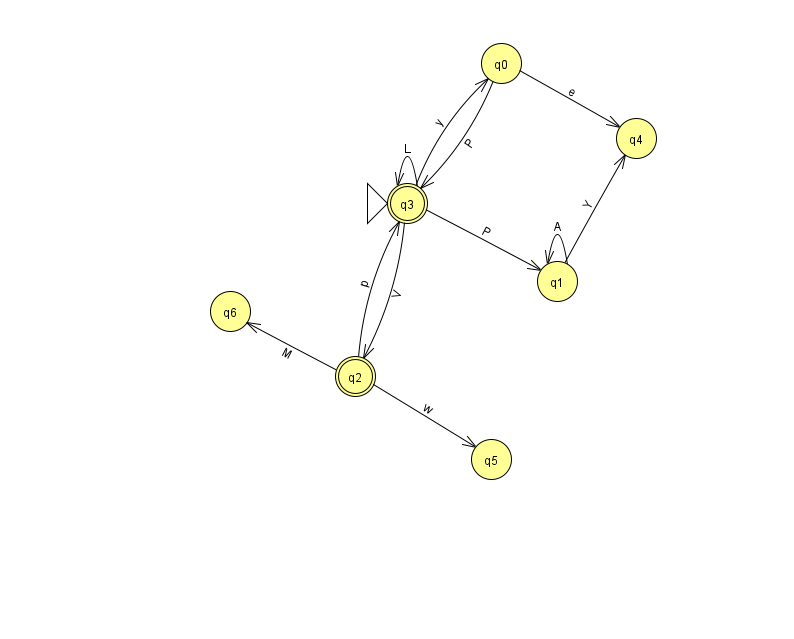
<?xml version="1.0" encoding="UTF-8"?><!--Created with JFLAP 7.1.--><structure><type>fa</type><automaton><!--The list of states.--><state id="0" name="q0"><x>501.0</x><y>50.0</y></state><state id="1" name="q1"><x>557.0</x><y>268.0</y></state><state id="2" name="q2"><x>355.0</x><y>363.0</y><final/></state><state id="3" name="q3"><x>407.0</x><y>190.0</y><initial/><final/></state><state id="4" name="q4"><x>636.0</x><y>125.0</y></state><state id="5" name="q5"><x>491.0</x><y>446.0</y></state><state id="6" name="q6"><x>230.0</x><y>298.0</y></state><!--The list of transitions.--><transition><from>1</from><to>4</to><read>Y</read></transition><transition><from>3</from><to>2</to><read>V</read></transition><transition><from>1</from><to>1</to><read>A</read></transition><transition><from>0</from><to>4</to><read>e</read></transition><transition><from>3</from><to>0</to><read>y</read></transition><transition><from>3</from><to>1</to><read>P</read></transition><transition><from>2</from><to>3</to><read>p</read></transition><transition><from>2</from><to>6</to><read>M</read></transition><transition><from>2</from><to>5</to><read>w</read></transition><transition><from>3</from><to>3</to><read>L</read></transition><transition><from>0</from><to>3</to><read>P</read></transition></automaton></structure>